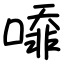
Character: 㗺